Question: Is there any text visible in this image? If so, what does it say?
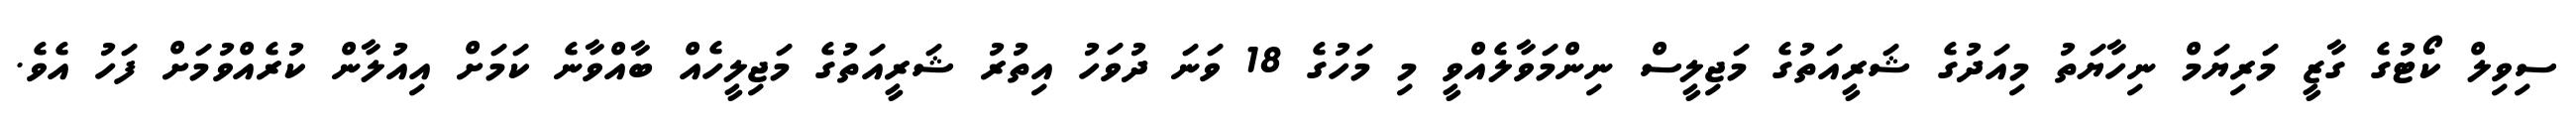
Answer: ސިވިލް ކޯޓުގެ ގާޒީ މަރިޔަމް ނިހާޔަތު މިއަދުގެ ޝަރީއަތުގެ މަޖިލީސް ނިންމަވާލެއްވީ މި މަހުގެ 18 ވަނަ ދުވަހު އިތުރު ޝަރީއަތުގެ މަޖިލީހެއް ބާއްވާނެ ކަމަށް އިއުލާން ކުރެއްވުމަށް ފަހު އެވެ.